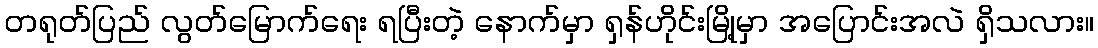
တရုတ်ပြည် လွတ်မြောက်ရေး ရပြီးတဲ့ နောက်မှာ ရှန်ဟိုင်းမြို့မှာ အပြောင်းအလဲ ရှိသလား။